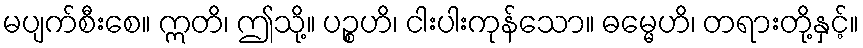
မပျက်စီးစေ။ ဣတိ၊ ဤသို့။ ပဉ္စဟိ၊ ငါးပါးကုန်သော။ ဓမ္မေဟိ၊ တရားတို့နှင့်။